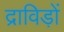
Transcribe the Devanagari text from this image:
द्राविड़ों